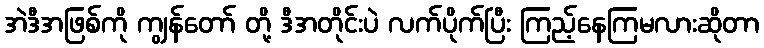
အဲဒီအဖြစ်ကို ကျွန်တော် တို့ ဒီအတိုင်းပဲ လက်ပိုက်ပြီး ကြည့်နေကြမလားဆိုတာ